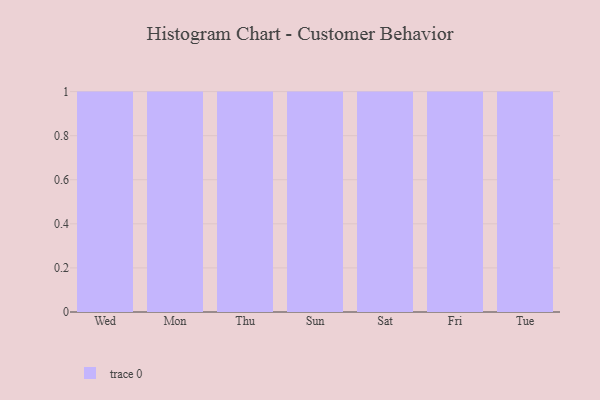
{"axis": {"x": "Day", "y": "Population (Million)"}, "legend": [""], "data": [{"x": "Wed", "y": 83, "type": ""}, {"x": "Mon", "y": 63, "type": ""}, {"x": "Thu", "y": 55, "type": ""}, {"x": "Sun", "y": 47, "type": ""}, {"x": "Sat", "y": 42, "type": ""}, {"x": "Fri", "y": 68, "type": ""}, {"x": "Tue", "y": 83, "type": ""}]}